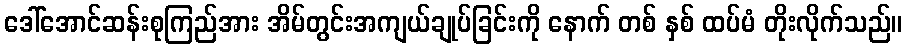
ဒေါ်အောင်ဆန်းစုကြည်အား အိမ်တွင်းအကျယ်ချုပ်ခြင်းကို နောက် တစ် နှစ် ထပ်မံ တိုးလိုက်သည်။